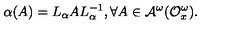
\alpha ( A ) = L _ { \alpha } A L _ { \alpha } ^ { - 1 } , \forall A \in { \cal A } ^ { \omega } ( { \cal O } _ { x } ^ { \omega } ) .